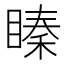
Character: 𥉜